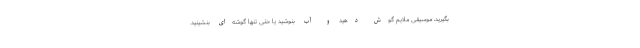
بگیرید، موسیقی ملایم گوش دهید و آب بنوشید یا حتی تنها گوشه‌ای بنشینید.